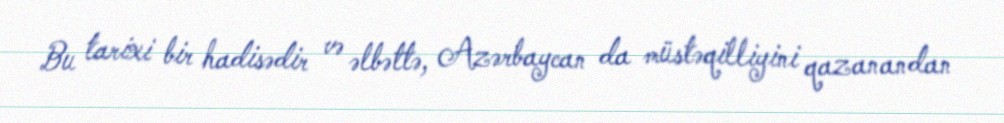
Bu tarixi bir hadisədir və əlbəttə, Azərbaycan da müstəqilliyini qazanandan